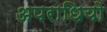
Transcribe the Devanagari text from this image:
अपराधियो